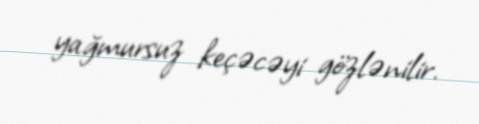
yağmursuz keçəcəyi gözlənilir.